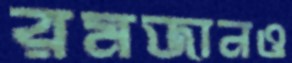
রমজানও